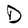
Character: D